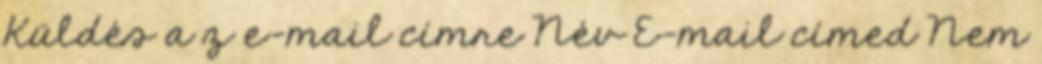
Küldés a z e-mail címre Név E-mail címed Nem